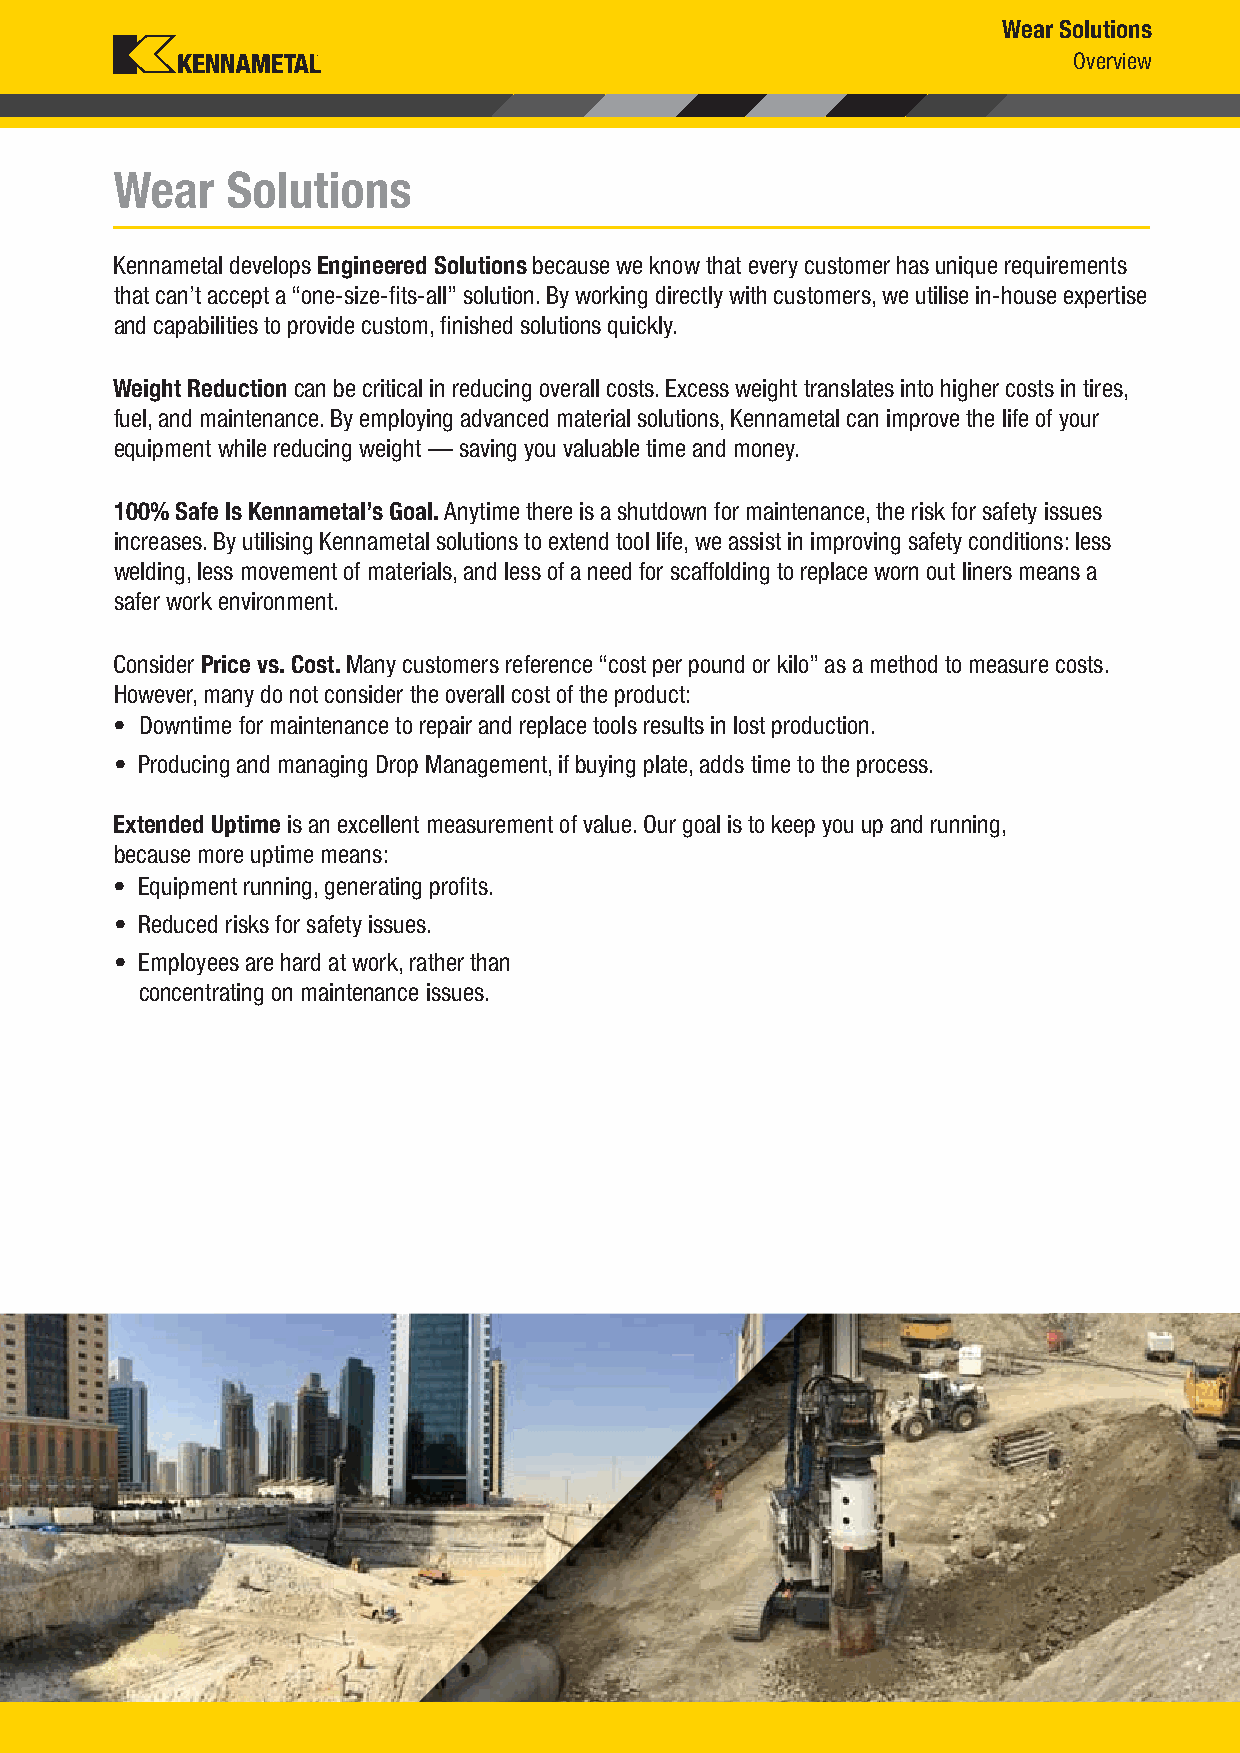
Wear Solutions
 Overview
 Wear   Solutions
 Kennametal develops Engineered Solutions because we know that every customer has unique requirements
 that can’t accept a “one-size-fi ts-all” solution. By working directly with customers, we utilise in-house expertise
 and capabilities to provide custom, fi nished solutions quickly.
 Weight Reduction can be critical in reducing overall costs. Excess weight translates into higher costs in tires,
 fuel, and maintenance. By employing advanced material solutions, Kennametal can improve the life of your
 equipment while reducing weight — saving you valuable time and money.
 100% Safe Is Kennametal’s Goal. Anytime there is a shutdown for maintenance, the risk for safety issues
 increases. By utilising Kennametal solutions to extend tool life, we assist in improving safety conditions: less
 welding, less movement of materials, and less of a need for scaffolding to replace worn out liners means a
 safer work environment.
 Consider Price vs. Cost. Many customers reference “cost per pound or kilo” as a method to measure costs.
 However, many do not consider the overall cost of the product:
 • Downtime for maintenance to repair and replace tools results in lost production.
 • Producing and managing Drop Management, if buying plate, adds time to the process.
 Extended Uptime is an excellent measurement of value. Our goal is to keep you up and running,
 because more uptime means:
 • Equipment running, generating profi ts.
 • Reduced risks for safety issues.
 • Employees are hard at work, rather than
 concentrating on maintenance issues.
 KMT_Foundation_Drilling_2016_Catalog_126_127.indd 127 L V i KMT F d i Dilli 2016 C l 126 127O b 621001/1631/116 2 36:3A0M PM